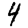
Digit: 4